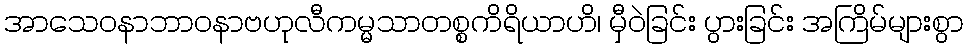
အာသေဝနာဘာဝနာဗဟုလီကမ္မသာတစ္စကိရိယာဟိ၊ မှီဝဲခြင်း ပွားခြင်း အကြိမ်များစွာ